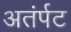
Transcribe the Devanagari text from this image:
अतंर्पट